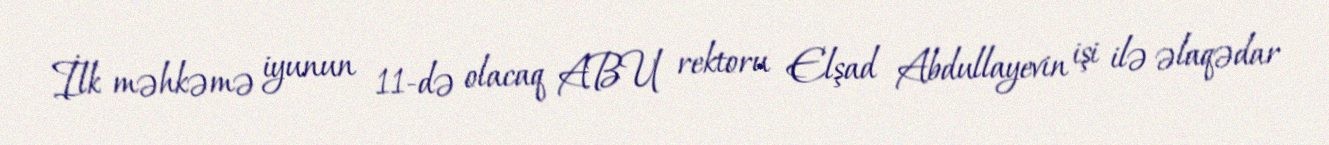
İlk məhkəmə iyunun 11-də olacaq ABU rektoru Elşad Abdullayevin işi ilə əlaqədar